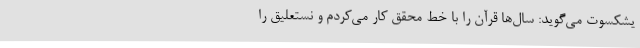
یشکسوت می‌گوید: سال‌ها قرآن را با خط محقق کار می‌کردم و نستعلیق را